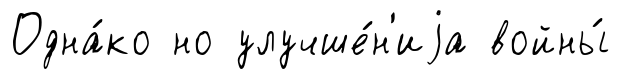
Одна́ко но улучше́н'иjа войны́